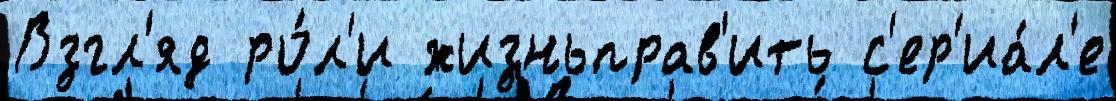
Взгл'яд ро́л'и жизньправ'ить с'ер'иа́л'е